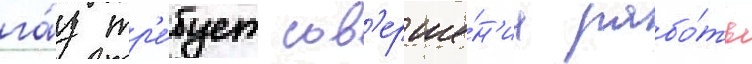
га́з тр'е́бует сов'ерше́н'иа рабо́ты